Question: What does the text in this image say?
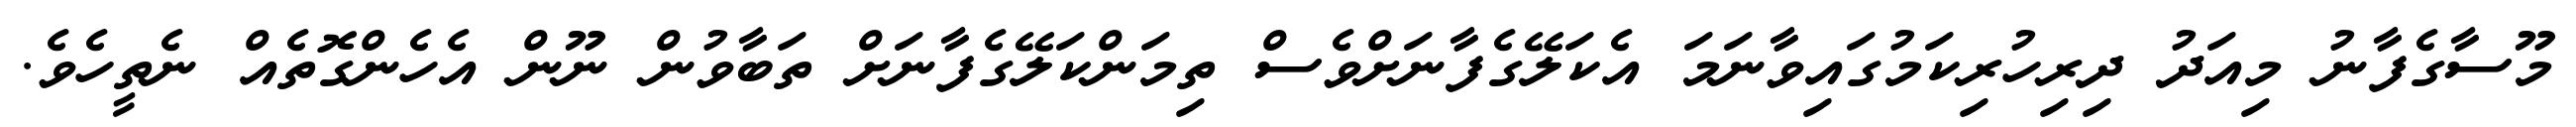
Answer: މޫސާގެފާނު މިއަދު ދިރިހުރިކަމުގައިވާނަމަ އެކަލޭގެފާނަށްވެސް ތިމަންކަލޭގެފާނަށް ތަބާވުން ނޫން އެހެންގޮތެއް ނެތީހެވެ.